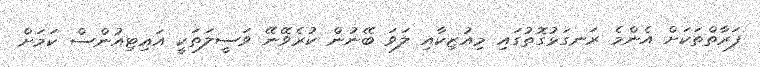
ފަރާތްތަކަށް އެންމެ ރަނގަޅުގޮތުގައި މިއުޒިކާއި ލަވަ ބޭނުން ކުރެވޭނޭ ވަސީލަތަކީ އައިޓިއުންސް ކަމަށް